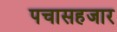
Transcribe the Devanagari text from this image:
पचासहजार